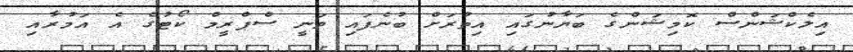
އިލެކްޝަންސް ކޮމިޝަންގެ ބަޔާނުގައި އިތުރަށް ބުނެފައި ވަނީ ސްޕްރީމް ކޯޓުގެ އެ އަމުރާއި